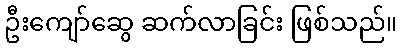
ဦးကျော်ဆွေ ဆက်လာခြင်း ဖြစ်သည်။